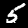
Digit: 5